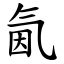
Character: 氤